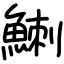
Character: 䱨